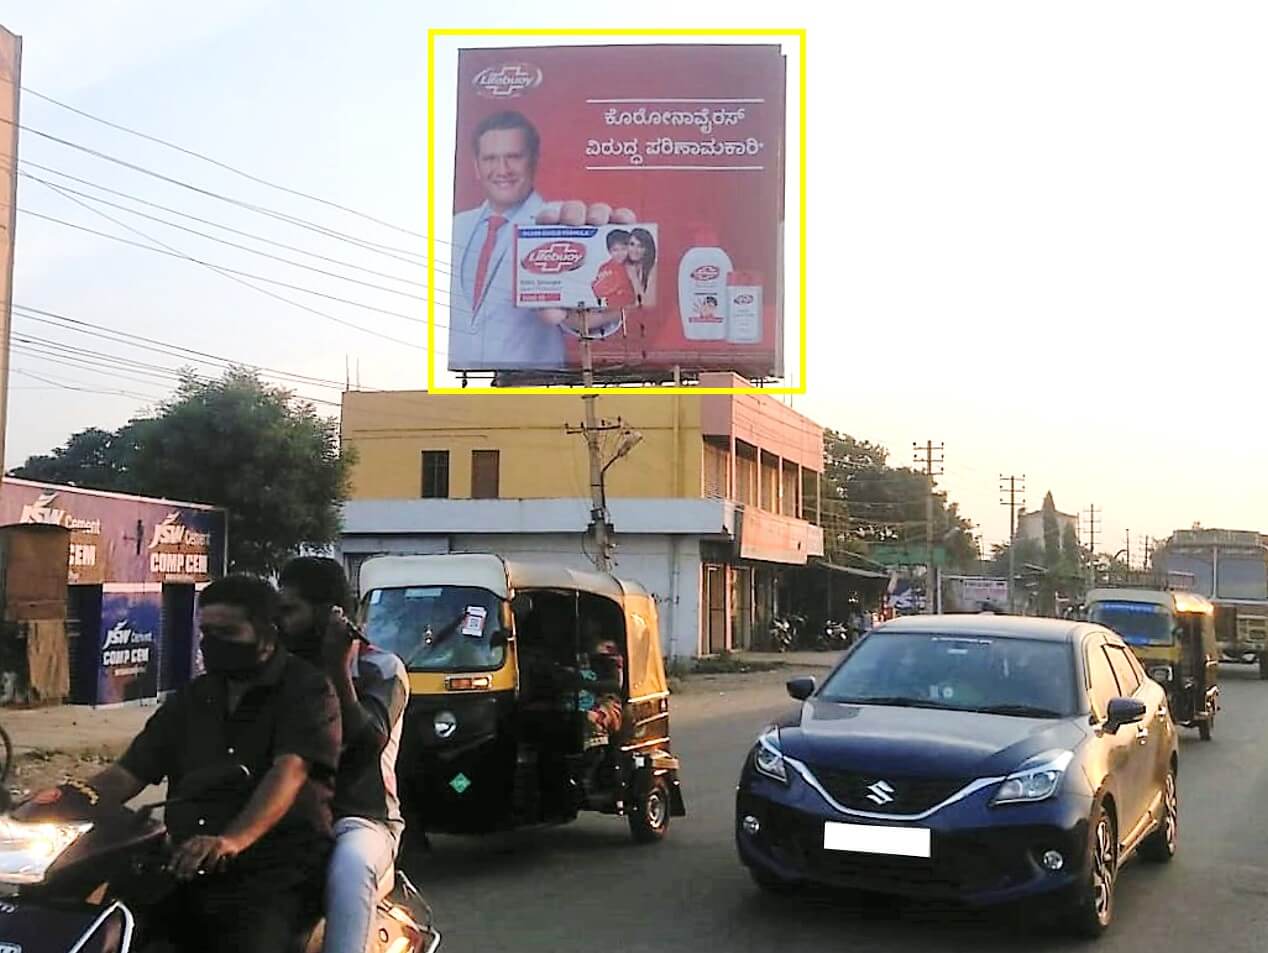
Language: kannada
Transcription: ಕೊರೋನಾವೈರಸ್ ವಿರುದ್ಧ ಪರಿಣಾಮಕಾರಿ